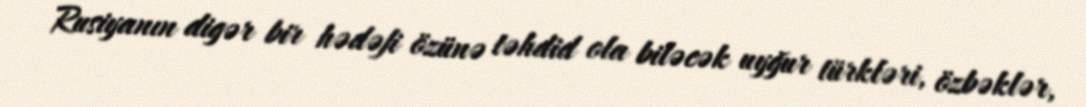
Rusiyanın digər bir hədəfi özünə təhdid ola biləcək uyğur türkləri, özbəklər,